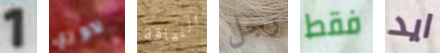
1 لاوري اللياقة رجل فقط ايد